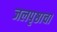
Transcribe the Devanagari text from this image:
जलपृष्ठाचा